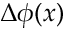
\Delta \phi ( x )